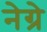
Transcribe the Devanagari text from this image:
नेग्रे